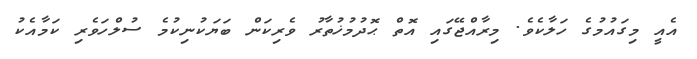
އެއީ މިގައުމުގެ ހަލާކެވެ. މިރާއްޖޭގައި އޮތް ޙޮދުމުޚުތާރު ވެރިކަން ބަޔަކުނިކުމެ ސުލްހަވެރި ކަމާއެކު